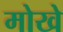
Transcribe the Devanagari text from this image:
मोखे